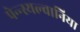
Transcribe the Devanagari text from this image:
पेन्न्स्यल्वानिया